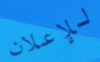
للإعلان